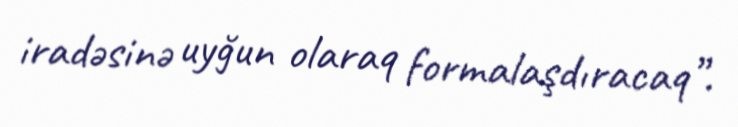
iradəsinə uyğun olaraq formalaşdıracaq”.